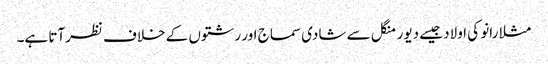
مثلا رانو کی اولاد جیسے دیور منگل سے شادی سماج اور رشتوں کے خلاف نظرآتا ہے۔